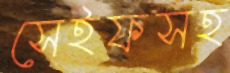
সেইফসহ